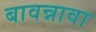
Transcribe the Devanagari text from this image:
बावन्नावा